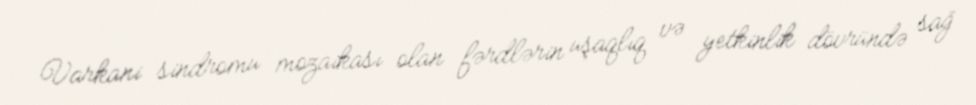
Varkani sindromu mozaikası olan fərdlərin uşaqlıq və yetkinlik dövründə sağ